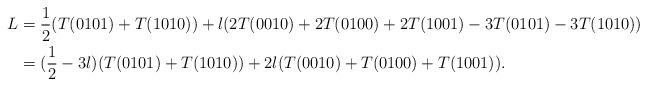
LaTeX: \begin{align*} L&=\frac{1}{2}(T(0101)+T(1010))+\l(2T(0010)+2T(0100)+2T(1001)-3T(0101)-3T(1010))\\&=(\frac{1}{2}-3\l)(T(0101)+T(1010))+2\l(T(0010)+T(0100)+T(1001)).\end{align*}